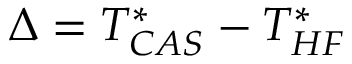
\Delta = T _ { C A S } ^ { * } - T _ { H F } ^ { * }